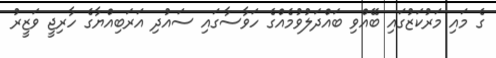
ގެ މައި މަރުކަޒުގައި ބޭއްވި ބައްދަލުވުމެއްގެ ހަވާސާގައި ސައުދި އަރަބިއްޔާގެ ހާރިޖީ ވަޒީރު